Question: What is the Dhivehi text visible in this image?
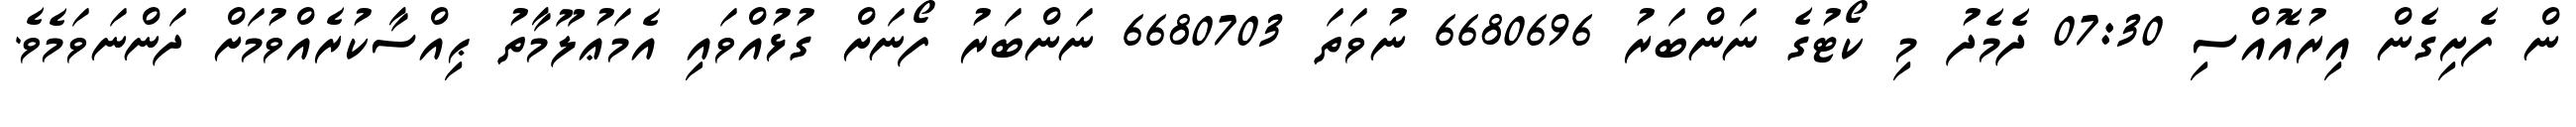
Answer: ން ފެށިގެން އިރުއޮއްސި 07:30 ދެމެދު މި ކޯޓުގެ ނަންބަރު 6680696 ނުވަތަ 6680703 ނަންބަރު ފޯނަށް ގުޅުއްވައި އެމަޢުލޫމާތު ޙިއްސާކުރެއްވުމަށް ދަންނަވަމެވެ.